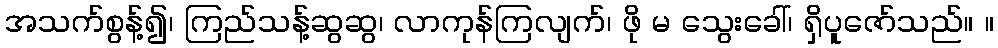
အသက်စွန့်၍၊ ကြည်သန့်ဆွဆွ၊ လာကုန်ကြလျက်၊ ဖို မ သွေးခေါ်၊ ရှိပူဇော်သည်။ ။